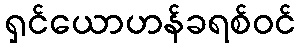
ရှင်ယောဟန်ခရစ်ဝင်